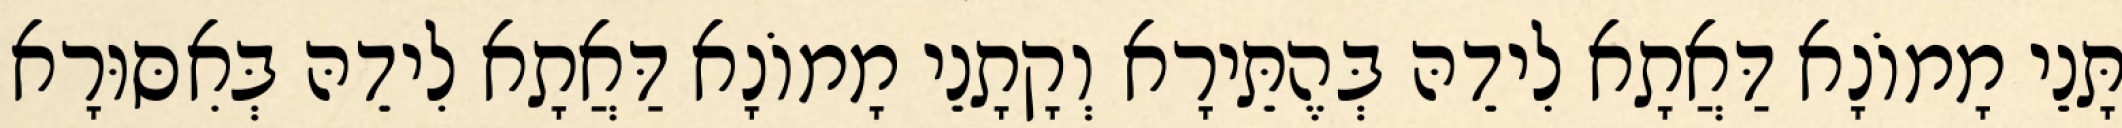
תָּנֵי מָמוֹנָא דַּאֲתָא לִידֵהּ בְּהֶתֵּירָא וְקָתָנֵי מָמוֹנָא דַּאֲתָא לִידֵהּ בְּאִסּוּרָא